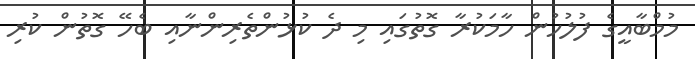
މުމްބާއީގެ ފުލުހުން ހާމަކުރާ ގޮތުގައި މި ދެ ކުޅުންތެރިންނާއި ބެހޭ ގޮތުން ކުރި